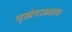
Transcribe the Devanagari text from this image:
मुखेपाध्याय